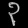
Digit: ၃